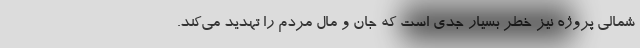
شمالی پروژه نیز خطر بسیار جدی است که جان و مال مردم را تهدید می‌کند.